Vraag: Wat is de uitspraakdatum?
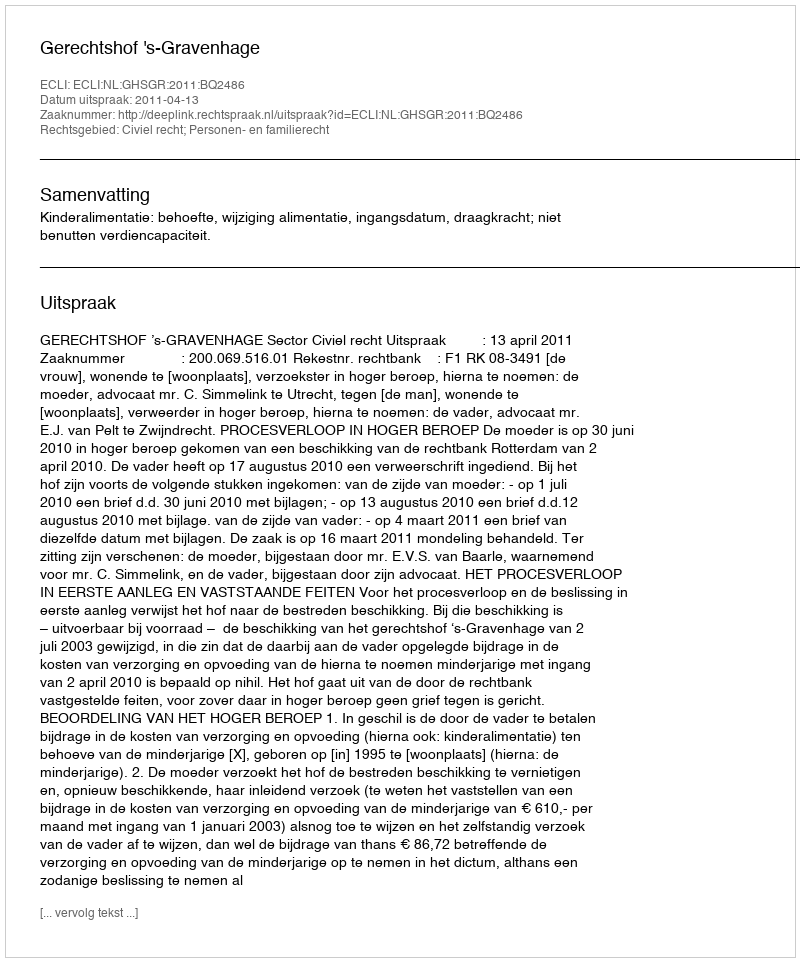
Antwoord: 2011-04-13